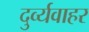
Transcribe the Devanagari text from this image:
दुर्व्यवाहर